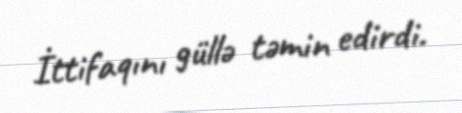
İttifaqını güllə təmin edirdi.